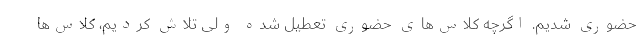
حضوری شدیم. اگرچه کلاس‌های حضوری تعطیل شده ولی تلاش کردیم، کلاس‌ها